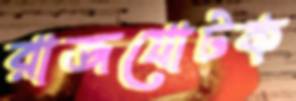
রাজযোটক